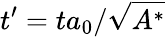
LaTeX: t^{\prime}=ta_{0}/\sqrt{A^{*}}